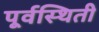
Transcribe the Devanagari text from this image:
पूर्वस्थिती